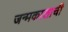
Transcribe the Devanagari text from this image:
जन्मकालाची